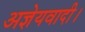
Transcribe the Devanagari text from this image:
अज्ञेयवादी।